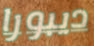
ديبورا